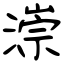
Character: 漴